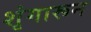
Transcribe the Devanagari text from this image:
शृंगारून